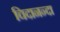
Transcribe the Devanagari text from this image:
चिदानन्दा